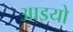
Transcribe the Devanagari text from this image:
आइयो